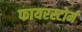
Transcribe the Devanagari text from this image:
फायरस्टोर्म